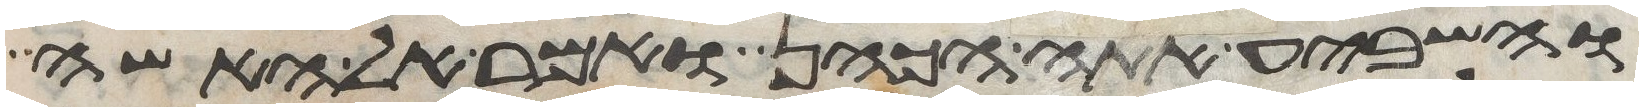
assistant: והשביע אתה הכהן ואמר אל האשה